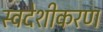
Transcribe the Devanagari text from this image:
स्वदेशीकरण